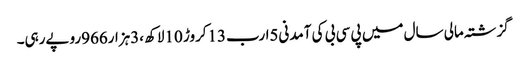
گزشتہ مالی سال میں پی سی بی کی آمدنی5ارب13کروڑ 10لاکھ ،3ہزار966روپےرہی۔